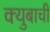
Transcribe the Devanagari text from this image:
क्युबाची